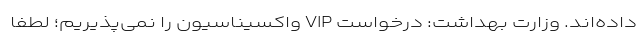
داده‌اند. وزارت بهداشت: درخواست VIP واکسیناسیون را نمی‌پذیریم؛ لطفا